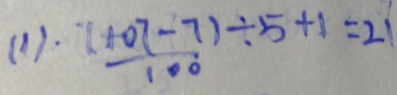
( 1 ) \frac { ( 1 0 7 - 7 ) } { 1 0 0 } \div 5 + 1 = 2 1